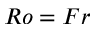
R o = F r